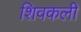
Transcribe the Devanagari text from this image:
शिवकली